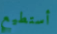
أستطيع